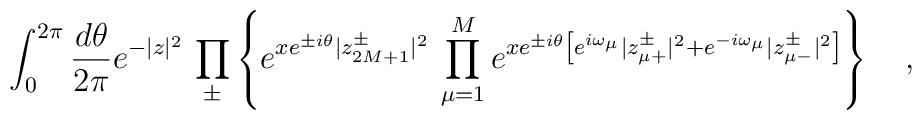
\int_0^{2\pi}\frac{d\theta}{2\pi}e^{-|z|^2}\,\prod_\pm\left\{e^{xe^{\pm i\theta}|z^\pm_{2M+1}|^2}\,\prod_{\mu=1}^M e^{xe^{\pm i\theta}\left[e^{i\omega_\mu}|z^\pm_{\mu+}|^2+e^{-i\omega_\mu}|z^\pm_{\mu-}|^2\right]}\right\}\ \ \ ,